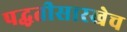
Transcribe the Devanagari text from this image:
पद्धतीसारखेच